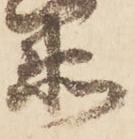
衛